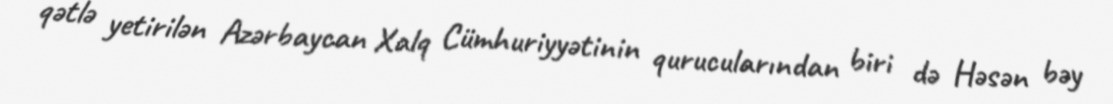
qətlə yetirilən Azərbaycan Xalq Cümhuriyyətinin qurucularından biri də Həsən bəy